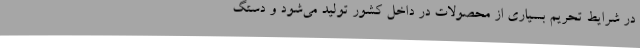
در شرایط تحریم بسیاری از محصولات در داخل کشور تولید می‌شود و دستگ